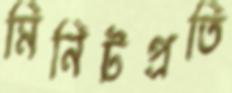
মিনিটপ্রতি